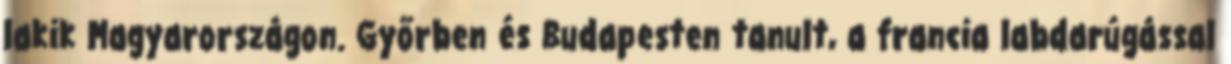
lakik Magyarországon. Győrben és Budapesten tanult, a francia labdarúgással